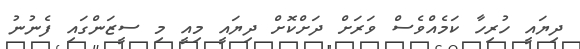
ދިޔައީ ހުރިހާ ކަމެއްވެސް ވަރަށް ދަށްކޮށް ދިޔައީ މިއީ މި ސީޒަންގައި ފެނުނު